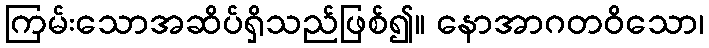
ကြမ်းသောအဆိပ်ရှိသည်ဖြစ်၍။ နောအာဂတဝိသော၊